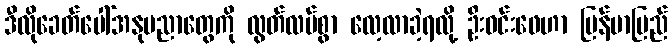
ဒီလိုခေတ်ပေါ်အနုပညာတွေကို လွတ်လပ်စွာ လေ့လာခဲ့ရလို့ ဦးဝင်းဖေဟာ မြန်မာပြည်